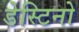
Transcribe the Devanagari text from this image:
डेस्टिनो